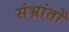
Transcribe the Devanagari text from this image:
संभ्रांतों